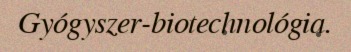
Gyógyszer-biotechnológia.